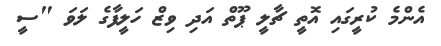
އެންމެ ކުރީގައި އޮތީ ޗާލީ ޕޫތް އަދި ވިޒް ހަލީފާގެ ލަވަ "ސީ